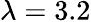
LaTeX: \lambda=3.2